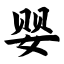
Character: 婴